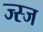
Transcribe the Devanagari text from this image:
ज्स्ज